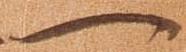
一